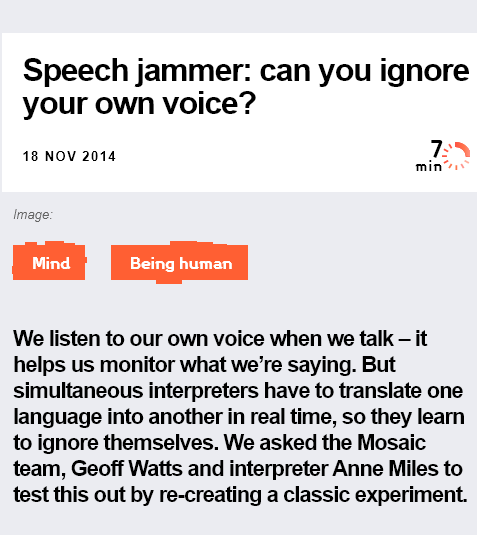
Speech    jammer:    can   you   ignore
   your own    voice?
     Pry ma) Lite |
  We listen to our own voice when we talk
  —
     it
  helps us monitor what we’re saying. But
  simultaneous interpreters have to translate one
  language into another in real time, so they learn
  to ignore themselves. We asked the Mosaic
  team, Geoff Watts and interpreter Anne Miles to
  test this out by re-creating a classic experiment.
  Image:
   18 NOV 2014